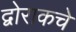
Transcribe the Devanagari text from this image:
द्वोराकचे